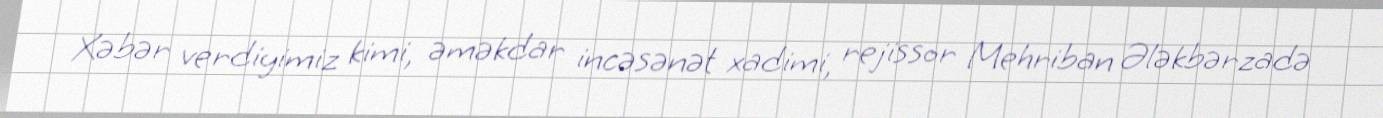
Xəbər verdiyimiz kimi, əməkdar incəsənət xadimi, rejissor Mehriban Ələkbərzadə